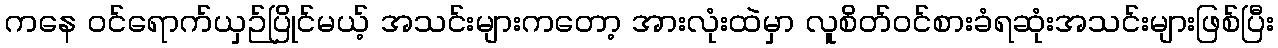
ကနေ ဝင်ရောက်ယှဉ်ပြိုင်မယ့် အသင်းများကတော့ အားလုံးထဲမှာ လူစိတ်ဝင်စားခံရဆုံးအသင်းများဖြစ်ပြီး